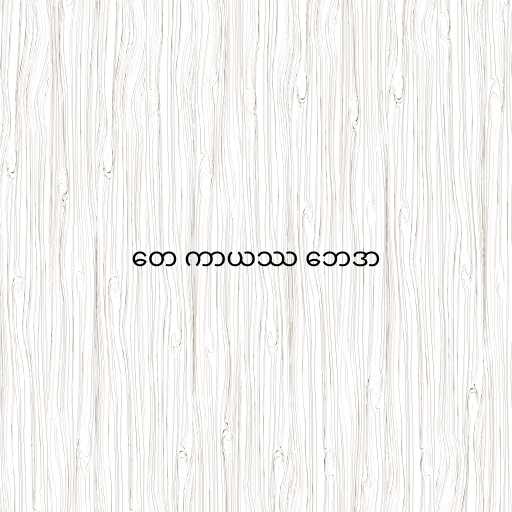
တေ ကာယဿ ဘေဒာ